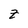
Character: Z